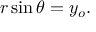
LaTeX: r \sin \theta = y _ { o } .